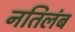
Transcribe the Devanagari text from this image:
नतिलंब